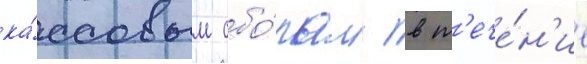
ка́ссовым сбо́рам в т'ече́н'ие